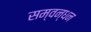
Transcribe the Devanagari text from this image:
सम्वन्धन